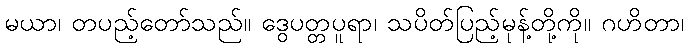
မယာ၊ တပည့်တော်သည်။ ဒွေပတ္တပူရာ၊ သပိတ်ပြည့်မုန့်တို့ကို။ ဂဟိတာ၊